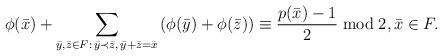
LaTeX: \begin{align*}\phi(\bar x)+\sum_{\bar y, \bar z\in F:\, \bar y \prec \bar z,\,\bar y + \bar z=\bar x}\left(\phi(\bar y)+\phi(\bar z)\right) \equiv \frac{p(\bar x)-1}2 \bmod 2,\bar x\in F.\end{align*}